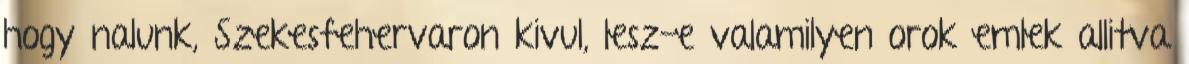
hogy nalunk, Szekesfehervaron kivul, lesz-e valamilyen orok emlek allitva